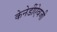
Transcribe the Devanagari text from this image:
केनेडींऐवजी